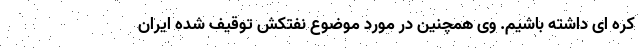
کره ای داشته باشیم. وی همچنین در مورد موضوع نفتکش توقیف شده ایران